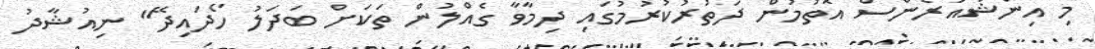
މި އިންޝުއަރެންސް އޮތުމުން ދަތުރުކުރުމުގައި ދިމާވާ ގެއްލުން ތަކަށް ބަދަލު ހޯދައިދޭ" ނިއުޝާދު